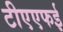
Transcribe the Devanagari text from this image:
टीएएफई